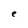
Character: e